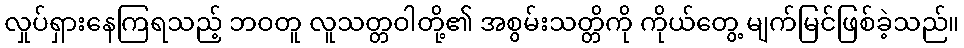
လှုပ်ရှားနေကြရသည့် ဘဝတူ လူသတ္တဝါတို့၏ အစွမ်းသတ္တိကို ကိုယ်တွေ့ မျက်မြင်ဖြစ်ခဲ့သည်။